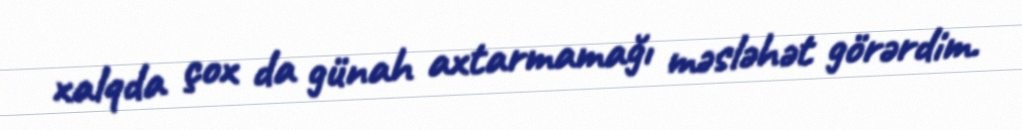
xalqda çox da günah axtarmamağı məsləhət görərdim.